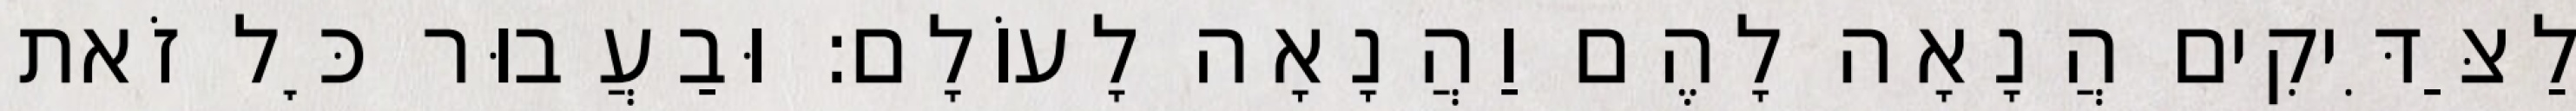
לַצַּדִּיקִים הֲנָאָה לָהֶם וַהֲנָאָה לָעוֹלָם: וּבַעֲבוּר כׇּל זֹאת